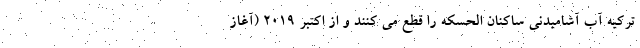
ترکیه آب آشامیدنی ساکنان الحسکه را قطع می کنند و از اکتبر 2019 (آغاز